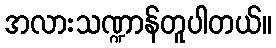
အလားသဏ္ဍာန်တူပါတယ်။